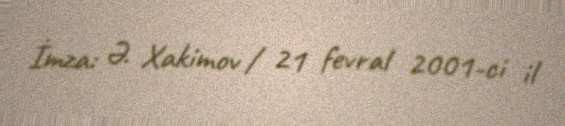
İmza: Ə. Xakimov / 21 fevral 2001-ci il